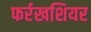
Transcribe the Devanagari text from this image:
फर्रखशियर